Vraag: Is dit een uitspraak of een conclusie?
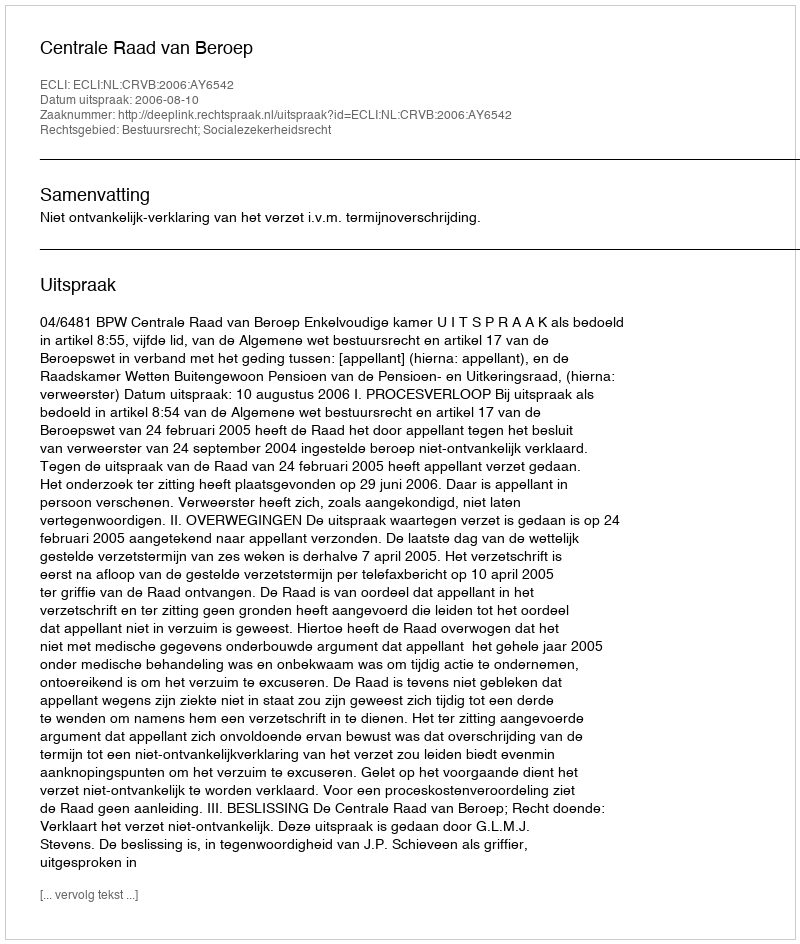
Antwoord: Uitspraak